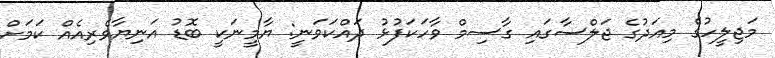
މަޖިލީހުގެ މިއަދުގެ ޖަލްސާގައި ގާސިމް ވާހަކަފުޅު ދައްކަވަނީ: ޔާމީނަކީ ބޮޑު އަނިޔާވެރިއެއް ކަމަށް